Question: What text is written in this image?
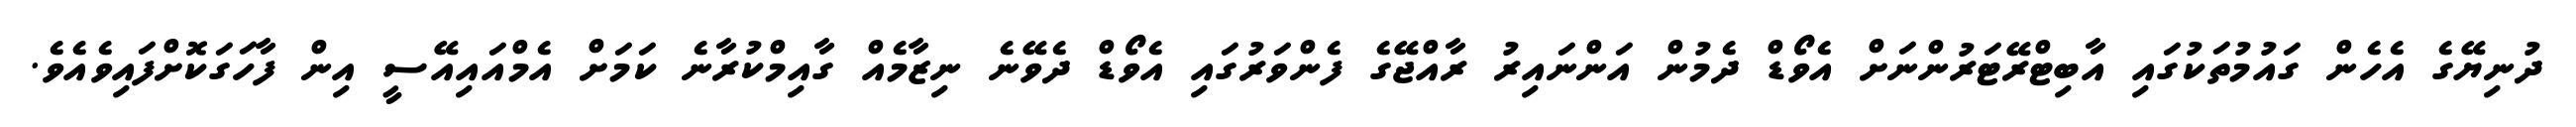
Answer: ދުނިޔޭގެ އެހެން ގައުމުތަކުގައި އާބިޓްރޭޓަރުންނަށް އެވޯޑް ދެމުން އަންނައިރު ރާއްޖޭގެ ފެންވަރުގައި އެވޯޑް ދެވޭނެ ނިޒާމެއް ގާއިމްކުރާނެ ކަމަށް އެމްއައިއޭސީ އިން ފާހަގަކޮށްފައިވެއެވެ.